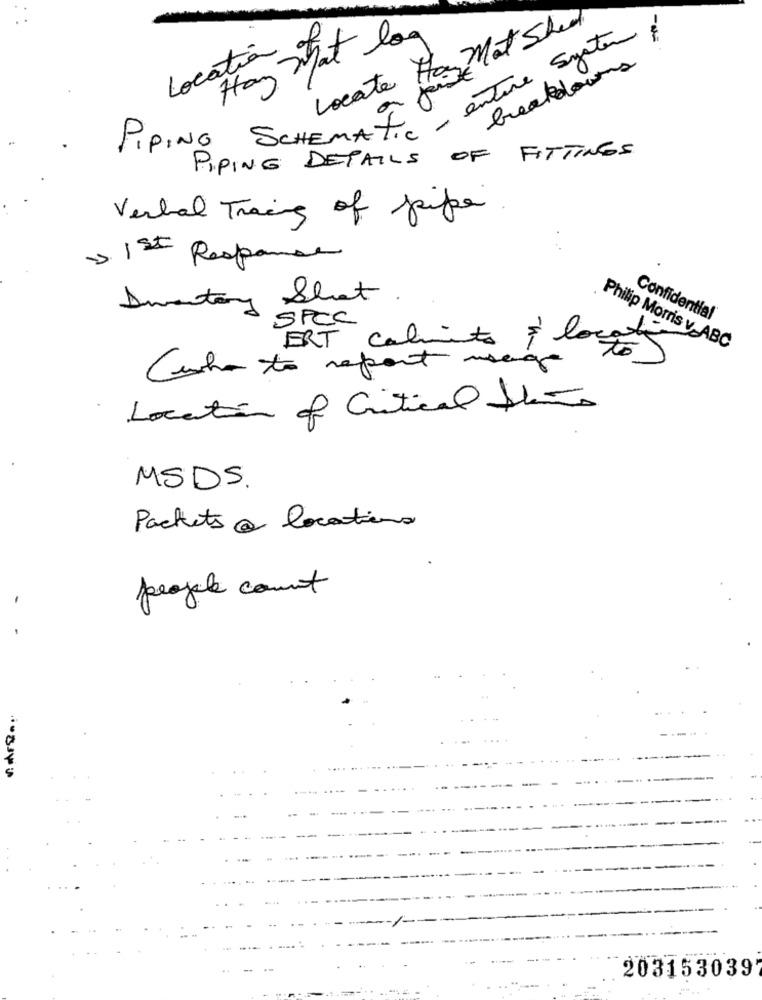
Locate Hay Mat Sheel
Hay That log
Location.
PIPING SCHEMAT, enTure System !
PIPING DETAILS OF FITTINGS
Verbal Traing of pipe
1st Response
Amentoy Shot.
Confidential
SPCC
Philip Morris v.ABC
ERT calments louis
Cunha to report using
Location of Critical the
MSDS.
Packets @ locations
-
people count
..
2031530397